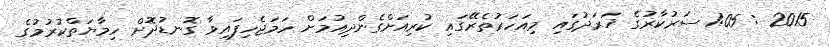
2015 : 1:05 ސަރުކާރުގެ ޚަރަދުގައި މިއަހަރުތެރޭގައި ކުރިއަށްގެންދިއުމަށް ހަމަޖެހިފައިވާ ގޮނޑުދޮށް ހިމާޔަތްކުރުމުގެ